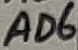
Text: AD6